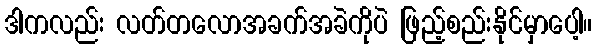
ဒါကလည်း လတ်တလောအခက်အခဲကိုပဲ ဖြည့်စည်းနိုင်မှာပေါ့။